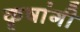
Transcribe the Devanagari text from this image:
कृषांगी